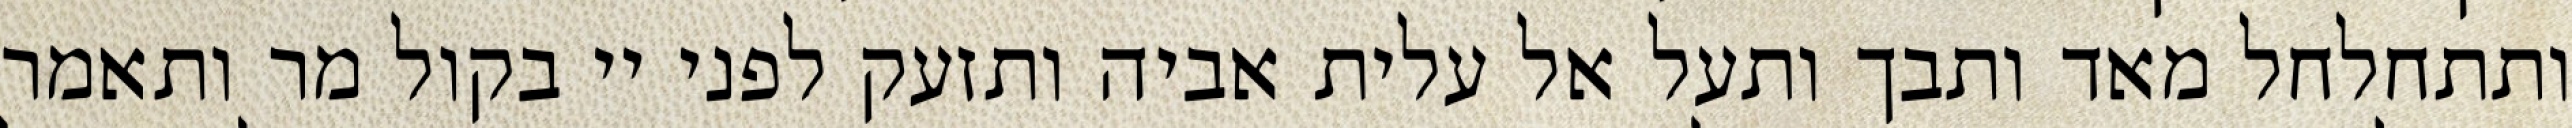
ותתחלחל מאד ותבך ותעל אל עלית אביה ותזעק לפני יי בקול מר ותאמר